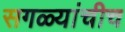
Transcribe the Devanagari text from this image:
सगळ्यांचीच